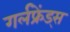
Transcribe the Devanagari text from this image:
गर्लफ्रेंड्स